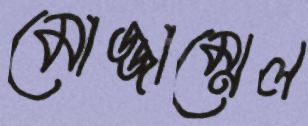
মোজ্জাম্মেল